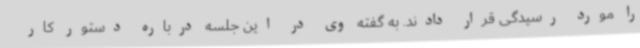
را مورد رسیدگی قرار دادند. به گفته وی در این جلسه درباره دستور کار